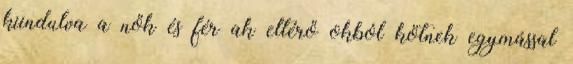
kiindulva a nők és férﬁak eltérő okból kötnek egymással